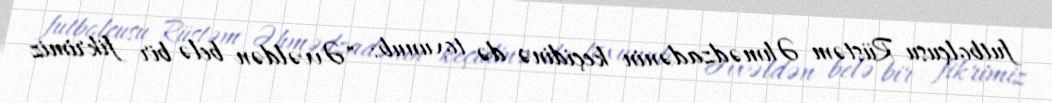
futbolçusu Rüstəm Əhmədzadənin keçidinə də toxunub: "Əvvəldən belə bir fikrimiz